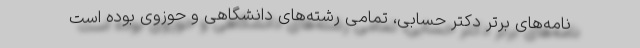
نامه‌های برتر دکتر حسابی، تمامی رشته‌های دانشگاهی و حوزوی بوده است